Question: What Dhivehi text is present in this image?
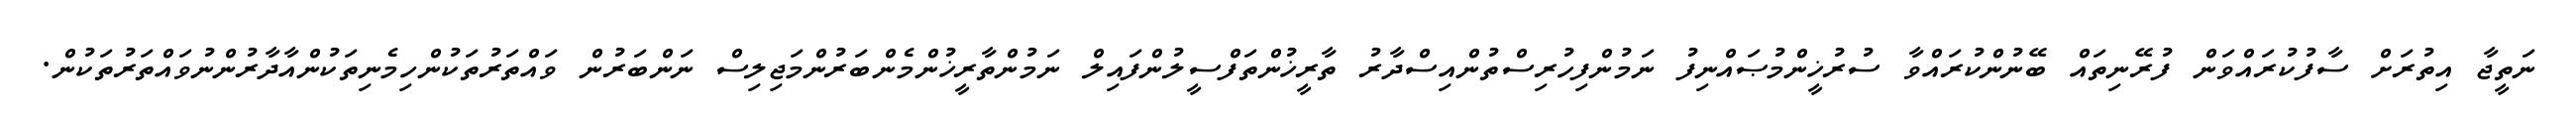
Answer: ނަތީޖާ އިތުރަށް ސާފުކުރައްވަން ފުރޭނިތައް ބޭނުންކުރައްވާ ސުރުޚީންމުޞައްނިފު ނަމުންފިހުރިސްތުންއިސްދާރު ތާރީޚުންތަފްސީލުންފައިލް ނަމުންތާރީޚުންމެންބަރުންމަޖިލިސް ނަންބަރުން ވައްތަރުތަކުންހިމެނިތަކުންއާދާރުންނުވައްތަރުތަކުން.